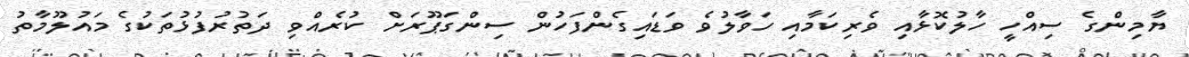
ޔާމިންގެ ސިއްހީ ހާލުކޮޅާއި ވެރިކަމާއި ހަވާލުވެ ވަޑައިގެންފަހުން ސިންގަޕޫރަށް ކުރެއްވި ދަތުރުފުޅުތަކުގެ މައުލޫމާތު